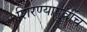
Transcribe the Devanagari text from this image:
शिरण्यापूर्वीच